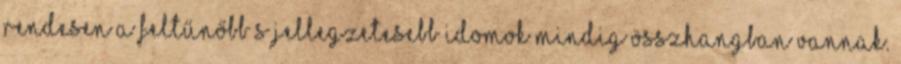
rendesen a feltűnőbb s jellegzetesebb idomok mindig összhangban vannak.